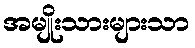
အမျိုးသားများသာ